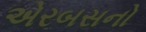
એરબસનો